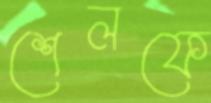
শেলফে